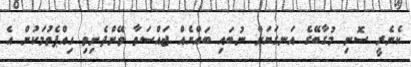
ކެނެރީ ސޮނި މުގާބޭގެ އަނގަޔަށް ނުބައި ބައްޔެއް ޖައްސަވާ ވޭންދެނިވި ހިއްޕެވުމަކުން އެ